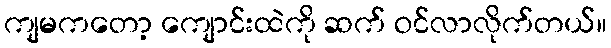
ကျမကတော့ ကျောင်းထဲကို ဆက် ဝင်လာလိုက်တယ်။